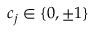
c _ { j } \in \{ 0 , \pm 1 \}